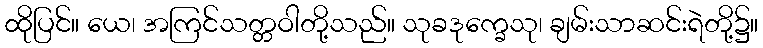
ထိုပြင်။ ယေ၊ အကြင်သတ္တဝါတို့သည်။ သုခဒုက္ခေသု၊ ချမ်းသာဆင်းရဲတို့၌။